Vaccination in Bombay 1889-1901 - 1889-1901
Year: 1889
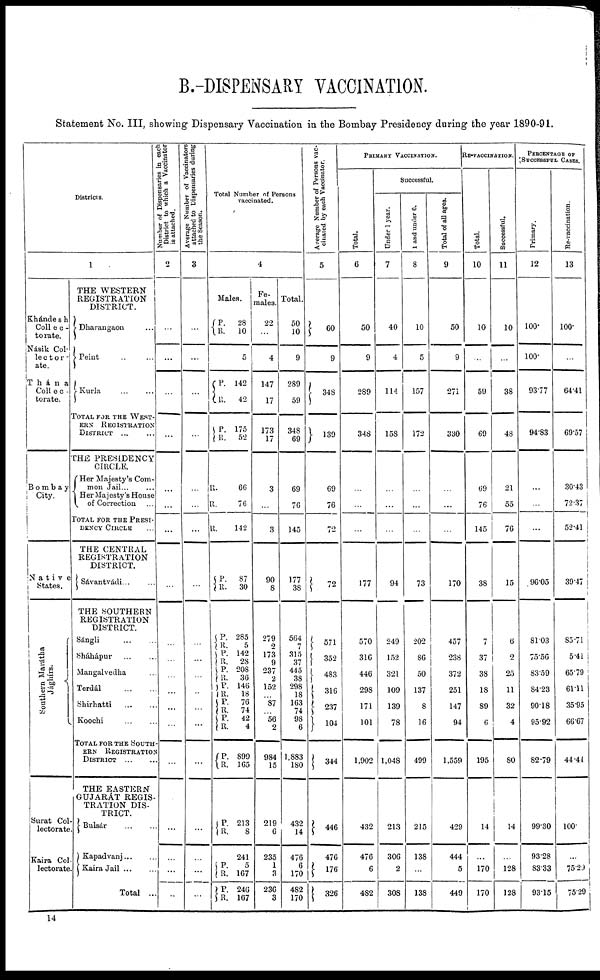
B.-DISPENSARY VACCINATION.
Statement No. III, showing Dispensary Vaccination in the Bombay Presidency during the year 1890-91.
Districts.
1
Khándesh
Collec-
torate.
Násik Col-
lector-
ate.
Thána
Collec-
torate.
Bombay
City.
Native
States.
Southern Marátha
Jaghírs.
Surat Col-
lectorate.
Kaira Col-
lectorate.
THE WESTERN
REGISTRATION
DISTRICT.
Dharangaon ...
Peint
...
...
Kurla
...
...
TOTAL FOR THE WEST-
ERN REGISTRATION
DISTRICT ... ...
THE PRESIDENCY
CIRCLE.
Her Majesty's Com-
mon Jail... ...
Her Majesty's House
of Correction ...
TOTAL FOR THE PRESI-
DENCY CIRCLE ...
THE CENTRAL
REGISTRATION
DISTRICT.
Sávantvádi ... ...
THE SOUTHERN
REGISTRATION
DISTRICT.
Sángli
...
...
Sháhápur ... ...
Mangalvedha ...
Terdál
...
...
Shirhatti
...
...
Koochi ... ...
TOTAL FOR THE SOUTH-
ERN REGISTRATION
DISTRICT...
...
THE EASTERN
GUJARÁT REGIS-
TRATION DIS-
TRICT.
Bulsár
...
...
Kapadvanj ... ...
Kaira Jail ... ...
Total ...
Number of Dispensaries in each
District to which a Vaccinator
is attached.
2
...
...
...
...
...
...
...
...
...
...
...
...
...
...
...
...
...
...
...
Average Number of Vaccinators
attached to Dispensaries during
the Season.
3
...
...
...
...
...
...
...
...
...
...
...
...
...
...
...
...
...
...
...
Total Number of Persons
vaccinated.
4
Males.
P.
R. 28
10
5
P. R.
P.
R.
142
42
175
52
R.
R.
R.
66
76
142
P.
R.
P.
R.
P.
R.
P. R.
P.
R.
P.
R.
P. R.
P.
R.
87
30
285
5
142
28
208
36
146
18
76
74
42
4
899
165
P.
R.
213
8
241
P.
R.
P.
R.
5
167
246
167
Fe-
males.
22
...
4
147
17
173
17
3
...
3
90
8
279
2
173
9
237
2
152
...
87
...
56
2
984
15
219
6
235
1
3
236
3
Total.
50
10
9
289
59
348
69
69
76
145
177
38
564
7
315
37
445
38
298
18
163
74
98
6
1,883
180
432
14
476
6
170
482
170
Average Number of Persons vac-
cinated by each Vaccinator.
5
60
9
348
139
69
76
72
72
571
352
483
316
237
104
344
446
476
176
326
PRIMARY VACCINATION.
Total.
6
50
9
289
348
...
...
...
177
570
316
446
298
171
101
1,902
432
476
6
482
Successful.
Under 1 year.
7
40
4
114
158
...
...
...
94
249
152
321
109
139
78
1,048
213
306
2
308
1 and under 6.
8
10
5
157
172
...
...
...
73
202
86
50
137
8
16
499
215
138
...
138
Total of all ages.
9
50
9
271
330
...
...
...
170
457
238
372
251
147
94
1,559
429
444
5
449
RE-VACCINATION.
Total.
10
10
...
59
69
69
76
145
38
7
37
38
18
89
6
195
14
...
170
170
Successful.
11
10
...
38
48
21
55
76
15
6
2
25
11
32
4
80
14
...
128
128
PERCENTAGE OF
SUCCESSFUL CASES.
Primary.
12
100.
100.
93.77
94.83
...
...
...
96.05
81.03
75.56
83.59
84.23
90.18
95.92
82.79
99.30
93.28
83.33
93.15
Re-vaccination.
13
100.
...
64.41
69.57
30.43
72.37
52.41
39.47
85.71
5.41
65.79
61.11
35.95
66.67
44.44
100.
...
75.29
75.29
14